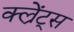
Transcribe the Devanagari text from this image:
क्ल्रेंट्स